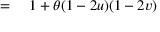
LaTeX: \begin{array} { r l } { = { } } & { { } 1 + \theta ( 1 - 2 u ) ( 1 - 2 v ) } \end{array}